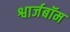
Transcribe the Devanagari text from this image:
श्वार्जबॉम